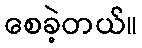
စေခဲ့တယ်။